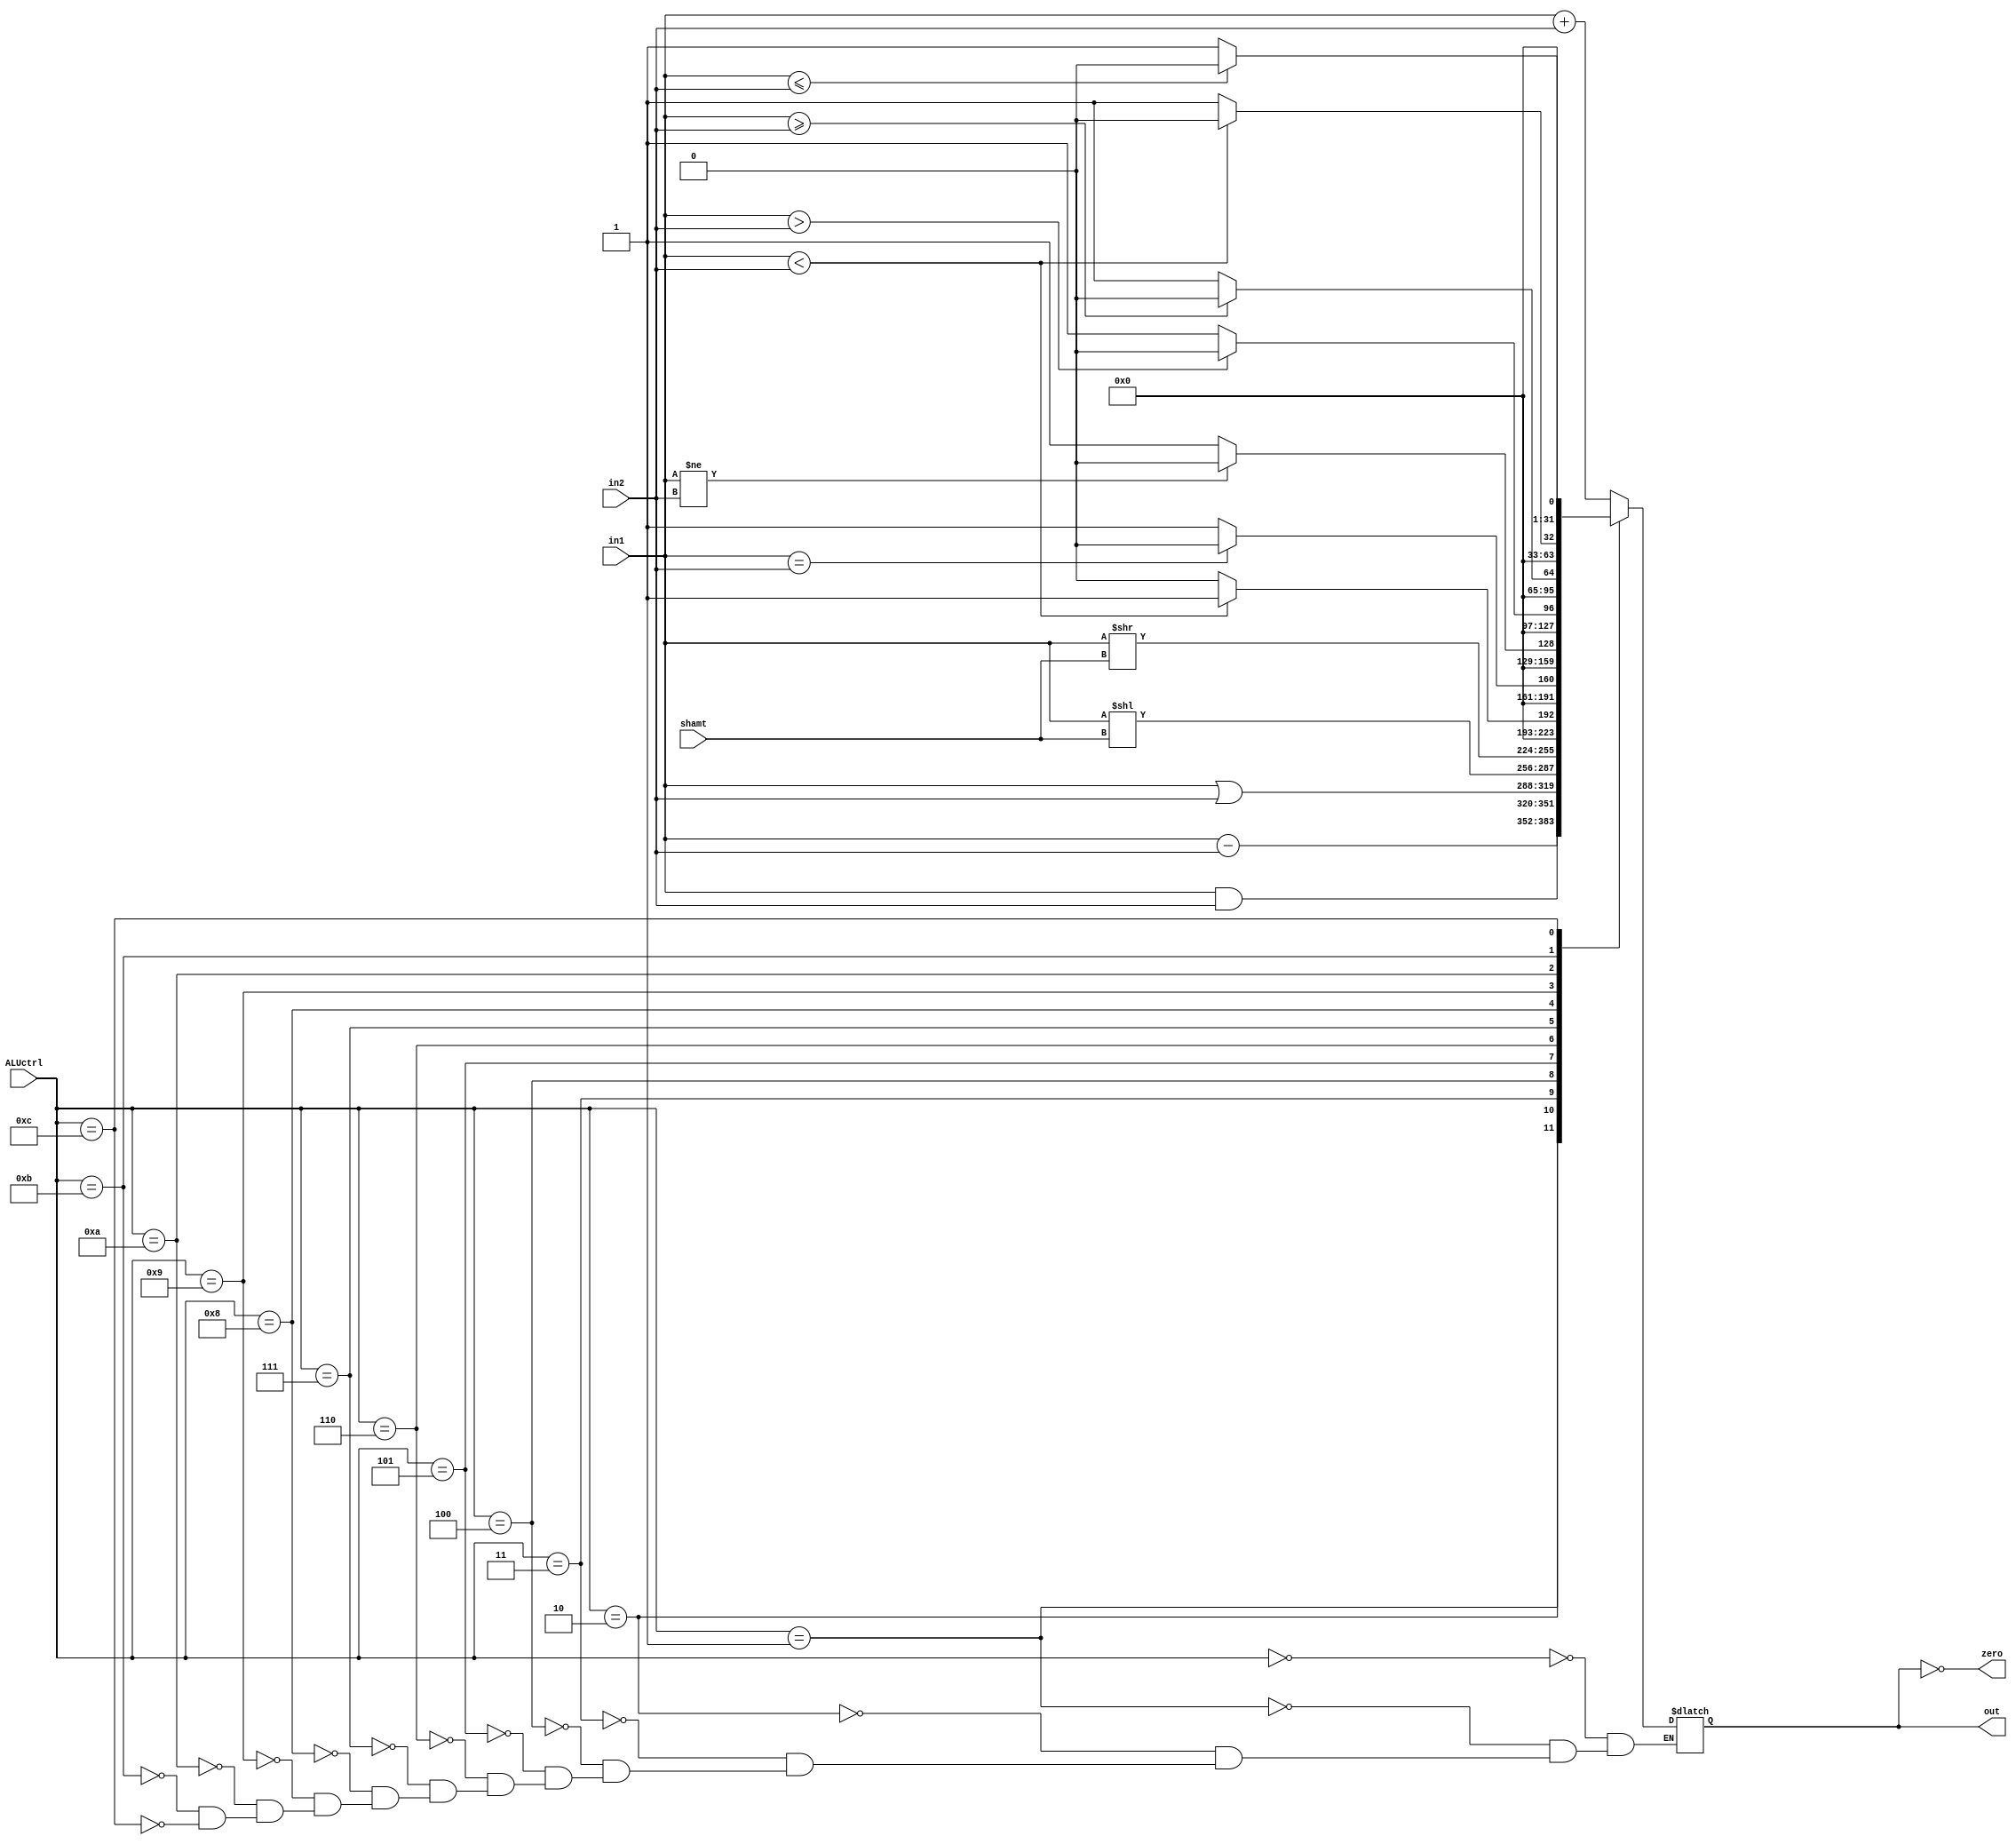
`timescale 1ns/1ps

module ALU (in1 , in2 , shamt, ALUctrl , out , zero);

input wire [31:0] in1,in2;
input wire[4:0] shamt;
input wire[3:0] ALUctrl;
output reg[31:0] out;
output wire zero;

assign zero = (out==32'd0);

parameter ADD = 0;
parameter SUB = 1;
parameter AND = 2;
parameter OR = 3;
parameter SLL = 4;
parameter SRL = 5;
parameter SLT = 6;
parameter BEQ = 7;
parameter BNE = 8;
parameter BGT = 9;
parameter BGTE = 10;
parameter BLE = 11;
parameter BLEQ = 12;

always @(*) begin
    case(ALUctrl)

    ADD: out = in1 + in2;
    SUB: out = in1 - in2;
    AND: out = in1 & in2;
    OR: out = in1 | in2;
    SLL: out = in1 << shamt;
    SRL: out = in1 >> shamt;
    SLT: out = (in1<in2)? 1:0;
    BEQ: out = (in1==in2)?0:1;
    BNE: out = (in1!=in2)?0:1;
    BGT: out = (in1>in2)?0:1;
    BGTE: out = (in1>=in2)?0:1;
    BLE: out = (in1<in2)?0:1;
    BLEQ: out = (in1<=in2)?0:1;

    endcase
end
endmodule